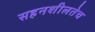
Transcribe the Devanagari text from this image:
सहनशीलतेच